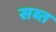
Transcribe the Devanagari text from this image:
सब्त